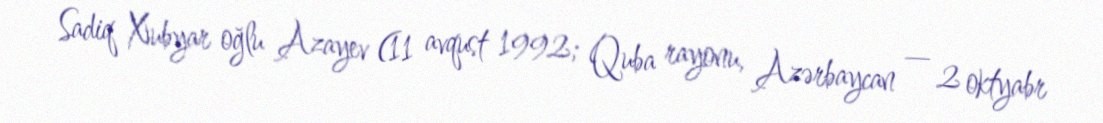
Sadiq Xubyar oğlu Azayev (11 avqust 1992; Quba rayonu, Azərbaycan — 2 oktyabr